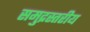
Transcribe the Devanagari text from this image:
समुद्रस्तरीय